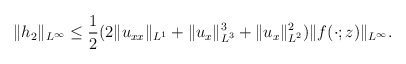
\begin{align*}\begin{aligned}\|h_{2 }\|_{L^\infty} \leq\frac{1}{2}(2\|u_{xx}\|_{L^1}+\|u_x\|^3_{L^3}+\|u_x\|^2_{L^2})\|f(\cdot; z)\|_{L^{\infty}}.\end{aligned}\end{align*}